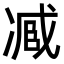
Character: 𠗱